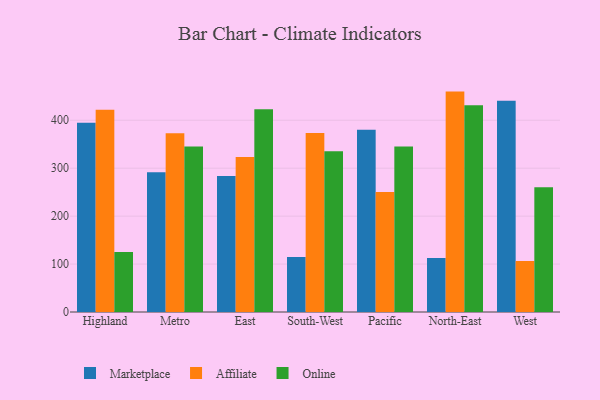
{"axis": {"x": "Region", "y": "Humidity (%)"}, "legend": ["Affiliate", "Marketplace", "Online"], "data": [{"x": "Highland", "y": 394.7, "type": "Marketplace"}, {"x": "Highland", "y": 422.0, "type": "Affiliate"}, {"x": "Highland", "y": 125.4, "type": "Online"}, {"x": "Metro", "y": 291.3, "type": "Marketplace"}, {"x": "Metro", "y": 372.9, "type": "Affiliate"}, {"x": "Metro", "y": 345.3, "type": "Online"}, {"x": "East", "y": 283.5, "type": "Marketplace"}, {"x": "East", "y": 323.6, "type": "Affiliate"}, {"x": "East", "y": 422.8, "type": "Online"}, {"x": "South-West", "y": 114.7, "type": "Marketplace"}, {"x": "South-West", "y": 373.4, "type": "Affiliate"}, {"x": "South-West", "y": 335.1, "type": "Online"}, {"x": "Pacific", "y": 380.1, "type": "Marketplace"}, {"x": "Pacific", "y": 250.3, "type": "Affiliate"}, {"x": "Pacific", "y": 345.5, "type": "Online"}, {"x": "North-East", "y": 112.5, "type": "Marketplace"}, {"x": "North-East", "y": 459.8, "type": "Affiliate"}, {"x": "North-East", "y": 431.2, "type": "Online"}, {"x": "West", "y": 440.6, "type": "Marketplace"}, {"x": "West", "y": 106.6, "type": "Affiliate"}, {"x": "West", "y": 260.5, "type": "Online"}]}